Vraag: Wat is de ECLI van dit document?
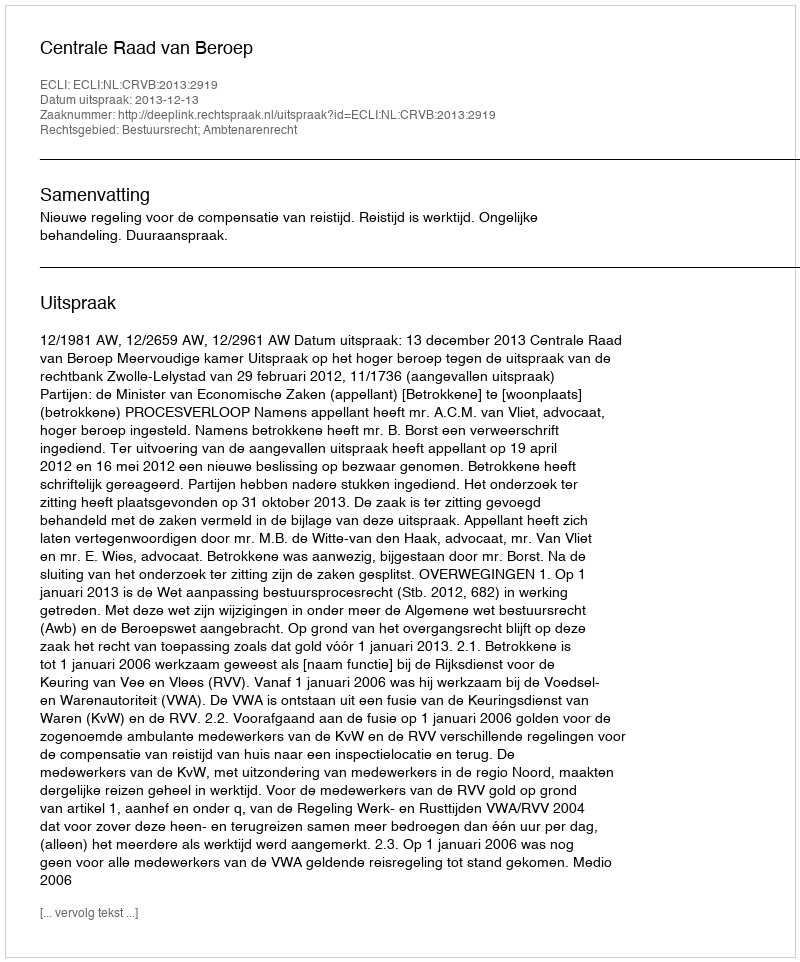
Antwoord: ECLI:NL:CRVB:2013:2919